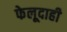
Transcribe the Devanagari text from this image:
फेलूदाही